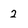
Character: 2